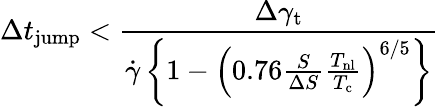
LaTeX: \Delta t_{\mathrm{jump}}<\frac{\Delta\gamma_{\mathrm{t}}}{{\dot{\gamma}\left\{ 1-\left(0.76\frac{S}{\Delta S}\frac{T_{\mathrm{nl}}}{T_{\mathrm{c}}}\right)^{6/5}\right\} }}